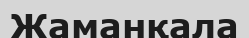
Жаманқала